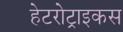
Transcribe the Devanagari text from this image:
हेटरोट्राइकस